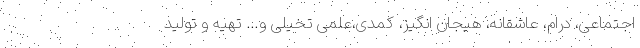
اجتماعی، درام، عاشقانه، هیجان انگیز، کمدی،علمی تخیلی و… تهیه و تولید